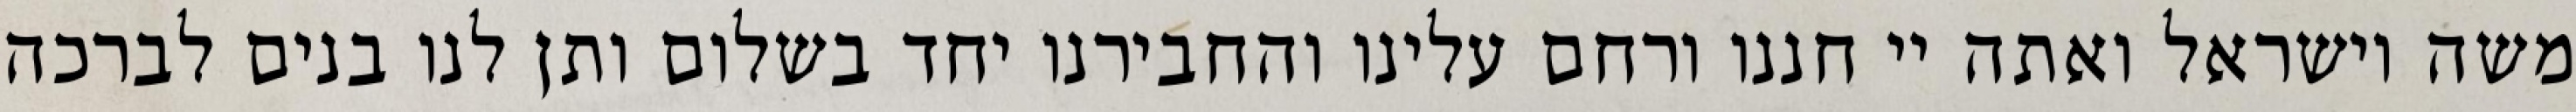
משה וישראל ואתה יי חננו ורחם עלינו והחבירנו יחד בשלום ותן לנו בנים לברכה